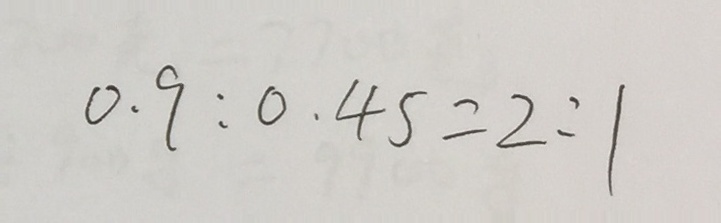
0 . 9 : 0 . 4 5 = 2 : 1